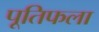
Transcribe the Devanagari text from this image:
पूतिफला